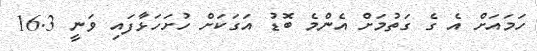
ހަމައަށް އެ ގެ ގަތުމަށް އެންމެ ބޮޑު އަގަކަށް ހުށަހަޅާފައި ވަނީ 16.3